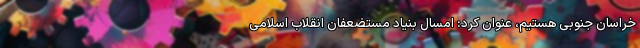
خراسان جنوبی هستیم، عنوان کرد: امسال بنیاد مستضعفان انقلاب اسلامی